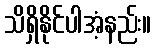
သိရှိနိုင်ပါအံ့နည်း။